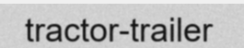
tractor-trailer